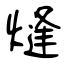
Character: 熢